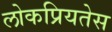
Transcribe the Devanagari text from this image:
लोकप्रियतेस